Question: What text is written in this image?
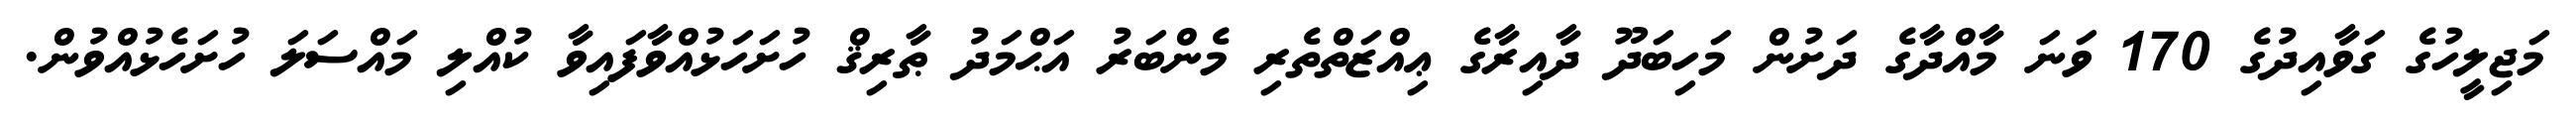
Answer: މަޖިލީހުގެ ގަވާއިދުގެ 170 ވަނަ މާއްދާގެ ދަށުން މަހިބަދޫ ދާއިރާގެ ޢިއްޒަތްތެރި މެންބަރު އަޙްމަދު ޠާރިޤް ހުށަހަޅުއްވާފައިވާ ކުއްލި މައްސަލަ ހުށަހެޅުއްވުން.